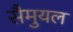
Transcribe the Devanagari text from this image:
सैमुयल